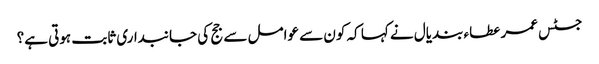
جسٹس عمر عطاء بندیال نے کہا کہ کون سے عوامل سے جج کی جانبداری ثابت ہوتی ہے؟